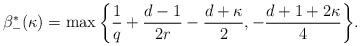
LaTeX: \begin{align*}\beta^*_-(\kappa) = \max\bigg\{ \frac{1}{q} + \frac{d-1}{2r} - \frac{d + \kappa}{2}, -\frac{d + 1 + 2\kappa}{4} \bigg\}.\end{align*}